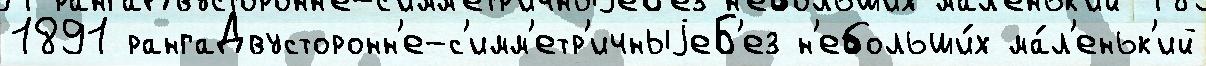
1891 рангаДвусторонн'е-с'имм'етр'ичныjеБ'ез н'ебольши́х ма́л'еньк'ий